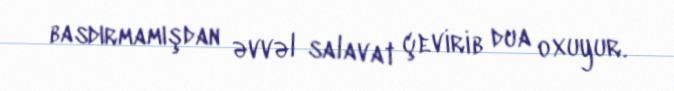
basdırmamışdan əvvəl salavat çevirib dua oxuyur.